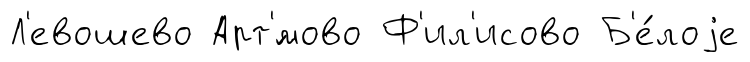
Л'евошево Арт'́мово Ф'ил'исово Б'е́лоjе